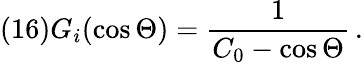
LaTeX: (16)G_{i}(\cos\Theta)=\frac 1{C_{0}-\cos\Theta}\, .